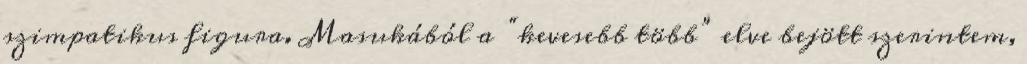
szimpatikus figura. Masukából a “kevesebb több” elve bejött szerintem,